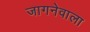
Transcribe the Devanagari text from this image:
जागनेवाला